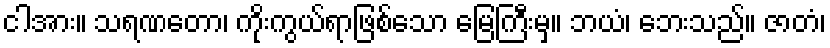
ငါအား။ သရဏတော၊ ကိုးကွယ်ရာဖြစ်သော မြေကြီးမှ။ ဘယံ၊ ဘေးသည်။ ဇာတံ၊